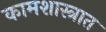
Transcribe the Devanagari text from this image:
कामशास्त्रात